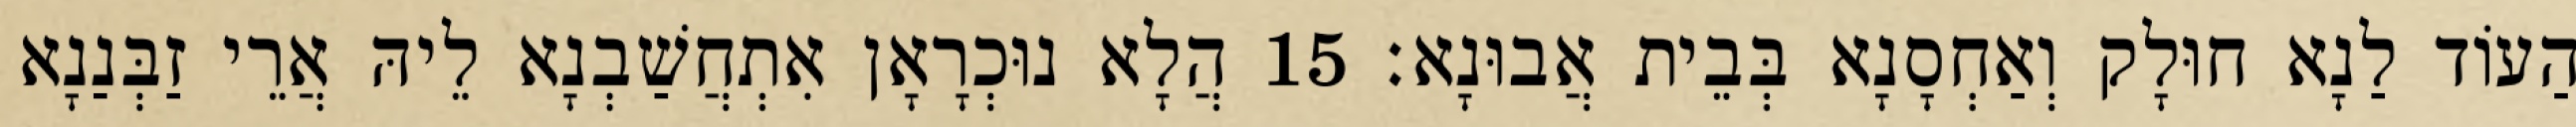
הַעוֹד לַנָא חוּלָק וְאַחְסָנָא בְּבֵית אֲבוּנָא׃ 15 הֲלָא נוּכְרָאָן אִתְחֲשַׁבְנָא לֵיהּ אֲרֵי זַבְּנַנָא